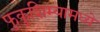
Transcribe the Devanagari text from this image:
फुकुशिम्यामध्ये